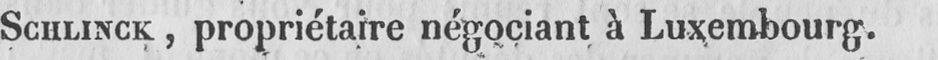
SCHLINCK, propriétaire négociant à Luxembourg.